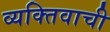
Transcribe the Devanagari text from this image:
व्यक्तिवाची